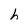
Character: h